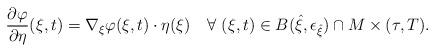
LaTeX: \begin{align*}\frac{\partial\varphi}{\partial\eta}(\xi,t)=\nabla_{\xi}\varphi(\xi,t)\cdot\eta(\xi)\quad\forall\ (\xi,t)\in B(\hat\xi,\epsilon_{\hat\xi})\cap M\times(\tau,T).\end{align*}